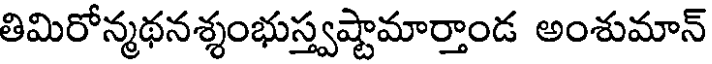
తిమిరోన్మథనశ్శంభుస్త్వష్టామార్తాండ అంశుమాన్